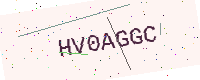
Text: HV0AGGC